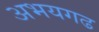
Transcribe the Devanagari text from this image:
अभयगढ